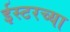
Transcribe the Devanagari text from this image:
ईस्टरच्या